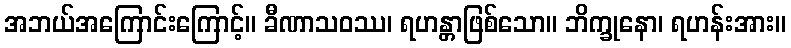
အဘယ်အကြောင်းကြောင့်။ ခီဏာသဝဿ၊ ရဟန္တာဖြစ်သော။ ဘိက္ခုနော၊ ရဟန်းအား။